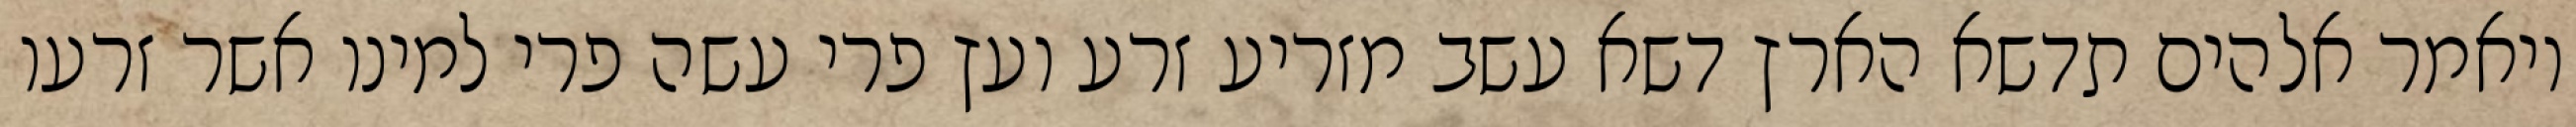
ויאמר אלהים תדשא הארץ דשא עשב מזריע זרע ועץ פרי עשה פרי למינו אשר זרעו